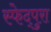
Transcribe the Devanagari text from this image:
स्फेद्पुरा